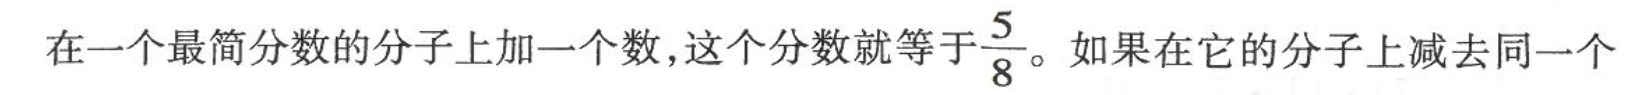
在一个最简分数的分子上加一个数，这个分数就等于\frac{5}{8}。如果在它的分子上减去同一个